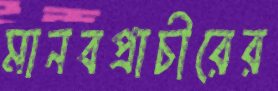
মানবপ্রাচীরের